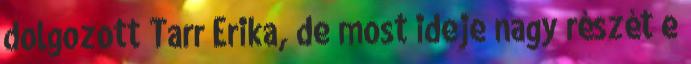
dolgozott Tarr Erika, de most ideje nagy részét e